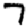
Digit: 7